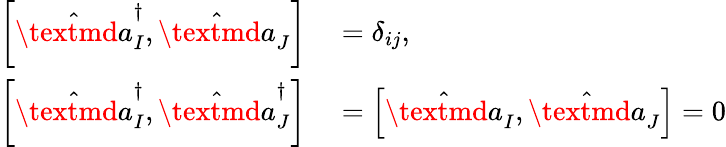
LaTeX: \begin{array}{rl}{\left[\hat{\textmd a}_{I}^{\dagger},\hat{\textmd a}_{J}\right]}&{{}=\delta_{ij},}\\ {\left[\hat{\textmd a}_{I}^{\dagger},\hat{\textmd a}_{J}^{\dagger}\right]}&{{}=\left[\hat{\textmd a}_{I},\hat{\textmd a}_{J}\right]=0}\end{array}